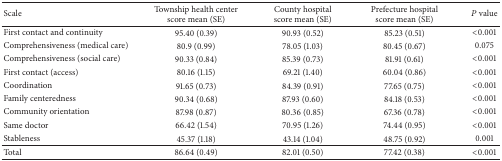
| Scale | Township health center score mean (SE) | County hospital score mean (SE) | Prefecture hospital score mean (SE) | P value |
 | --- | --- | --- | --- | --- |
 | First contact and continuity | 95.40 (0.39) | 90.93 (0.52) | 85.23 (0.51) | <0.001 |
 | Comprehensiveness (medical care) | 80.9 (0.99) | 78.05 (1.03) | 80.45 (0.67) | 0.075 |
 | Comprehensiveness (social care) | 90.33 (0.84) | 85.39 (0.73) | 81.91 (0.61) | <0.001 |
 | First contact (access) | 80.16 (1.15) | 69.21 (1.40) | 60.04 (0.86) | <0.001 |
 | Coordination | 91.65 (0.73) | 84.39 (0.91) | 77.65 (0.75) | <0.001 |
 | Family centeredness | 90.34 (0.68) | 87.93 (0.60) | 84.18 (0.53) | <0.001 |
 | Community orientation | 87.98 (0.87) | 80.36 (0.85) | 67.36 (0.78) | <0.001 |
 | Same doctor | 66.42 (1.54) | 70.95 (1.26) | 74.44 (0.95) | <0.001 |
 | Stableness | 45.37 (1.18) | 43.14 (1.04) | 48.75 (0.92) | 0.001 |
 | Total | 86.64 (0.49) | 82.01 (0.50) | 77.42 (0.38) | <0.001 |